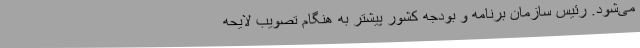
می‌شود. رئیس سازمان برنامه و بودجه کشور پیشتر به هنگام تصویب لایحه